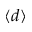
\langle d \rangle